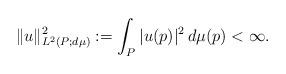
LaTeX: \begin{align*}\|u\|^2_{L^2(P;d\mu)} := \int_{P} |u(p)|^2 \, d\mu(p) <\infty.\end{align*}